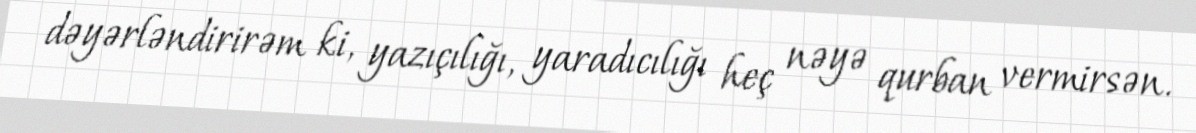
dəyərləndirirəm ki, yazıçılığı, yaradıcılığı heç nəyə qurban vermirsən.